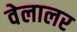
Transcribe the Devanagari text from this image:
वेलालर